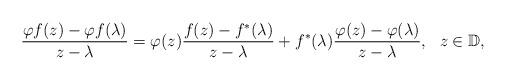
LaTeX: \begin{align*}\frac{\varphi f(z)-\varphi f(\lambda)}{z-\lambda} = \varphi(z) \frac{f(z)- f^*(\lambda)}{z-\lambda} + f^*(\lambda) \frac{\varphi(z)-\varphi (\lambda)}{z-\lambda},\,\,\,\,z\in\mathbb D,\end{align*}